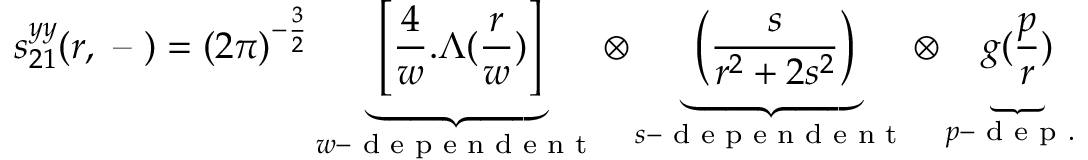
s _ { 2 1 } ^ { y y } ( r , \textrm { -- } ) = ( 2 \pi ) ^ { - \frac 3 2 } \underbrace { \left[ \frac { 4 } { w } . \Lambda ( \frac { r } { w } ) \right] } _ { w - \textrm { d e p e n d e n t } } \otimes \underbrace { \left( \frac { s } { r ^ { 2 } + 2 s ^ { 2 } } \right) } _ { s - \textrm { d e p e n d e n t } } \otimes \underbrace { g ( \frac p r ) } _ { p - \textrm { d e p . } }